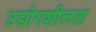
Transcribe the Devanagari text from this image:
उद्योगशीलता